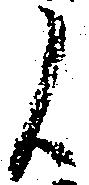
候